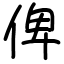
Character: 俾